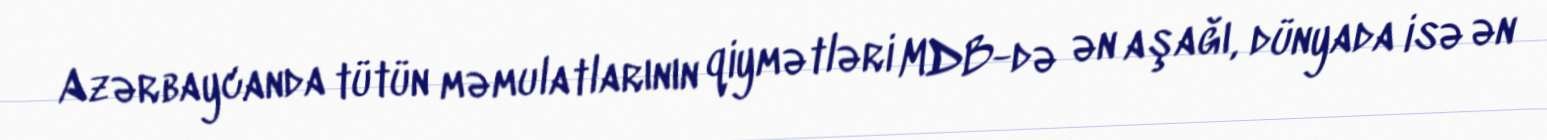
Azərbaycanda tütün məmulatlarının qiymətləri MDB-də ən aşağı, dünyada isə ən